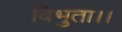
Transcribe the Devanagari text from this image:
विभुता।।